Newspaper: The Indiana State sentinel. [volume]
Place of publication: Indianapolis
Date: 1875-04-29 00:00:00
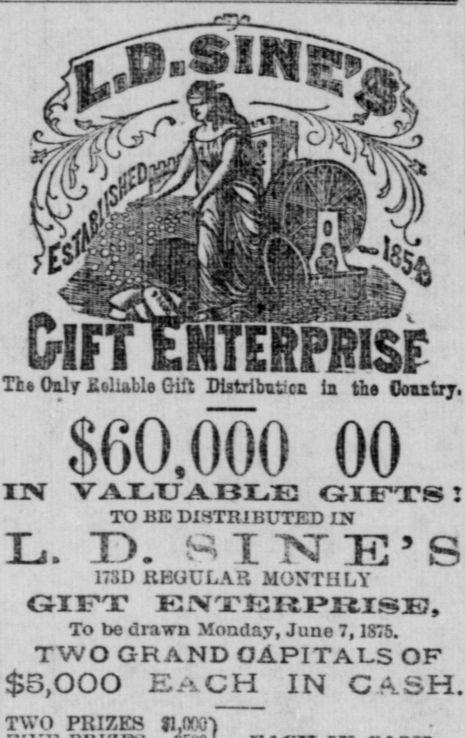
Advertisement text (OCR):
i "I; TiaOalr Htlialle Gift Diatrilitit'ca ia the Coastry. $60,000 00 IN VALUABLE GIFTS Z TO BE DISTRIBUTED IN T. SINE'S Tj. 173D REGULAR MONTHLY GIFT K XrTlZIZl?LZI&XZ, To be drawn Monday, June 7, 1S75. TWO GRAND CAPITALS OF $5,000 EACH in cash. TWO PRIZES ji.nrx)
Label: illustrations